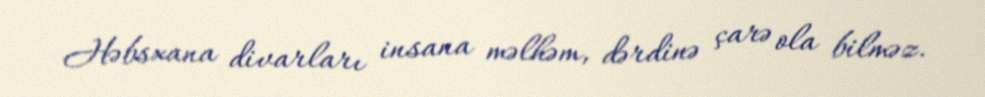
Həbsxana divarları insana məlhəm, dərdinə çarə ola bilməz.